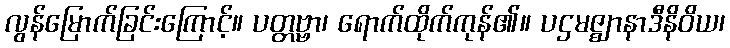
လွန်မြောက်ခြင်းကြောင့်။ ပတ္တဗ္ဗာ၊ ရောက်ထိုက်ကုန်၏။ ပဌမဇ္ဈာနာဒီနိဝိယ၊